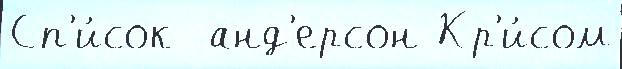
Сп'и́сок  анд'ерсон Кр'и́сом